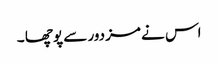
اس نے مزدور سے پوچھا ۔